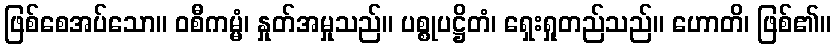
ဖြစ်စေအပ်သော။ ဝစီကမ္မံ၊ နှုတ်အမှုသည်။ ပစ္စုပဋ္ဌိတံ၊ ရှေးရှုတည်သည်။ ဟောတိ၊ ဖြစ်၏။